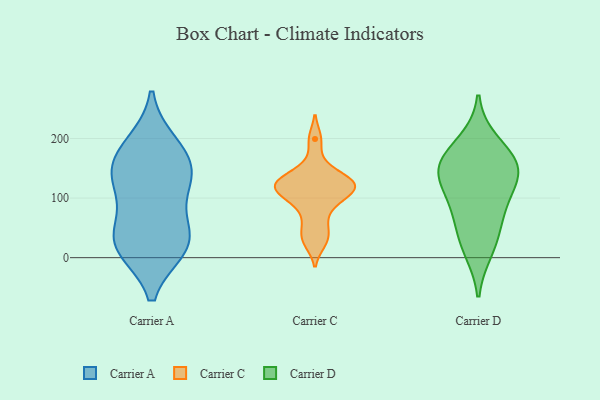
{"axis": {"x": "Revenue (USD Million)", "y": "Value"}, "legend": ["Carrier A", "Carrier C", "Carrier D"], "data": [{"x": "", "y": 19, "type": "Carrier A"}, {"x": "", "y": 29, "type": "Carrier A"}, {"x": "", "y": 24, "type": "Carrier A"}, {"x": "", "y": 58, "type": "Carrier A"}, {"x": "", "y": 129, "type": "Carrier A"}, {"x": "", "y": 124, "type": "Carrier A"}, {"x": "", "y": 17, "type": "Carrier A"}, {"x": "", "y": 161, "type": "Carrier A"}, {"x": "", "y": 176, "type": "Carrier A"}, {"x": "", "y": 190, "type": "Carrier A"}, {"x": "", "y": 130, "type": "Carrier A"}, {"x": "", "y": 38, "type": "Carrier C"}, {"x": "", "y": 92, "type": "Carrier C"}, {"x": "", "y": 124, "type": "Carrier C"}, {"x": "", "y": 127, "type": "Carrier C"}, {"x": "", "y": 62, "type": "Carrier C"}, {"x": "", "y": 124, "type": "Carrier C"}, {"x": "", "y": 153, "type": "Carrier C"}, {"x": "", "y": 25, "type": "Carrier C"}, {"x": "", "y": 121, "type": "Carrier C"}, {"x": "", "y": 199, "type": "Carrier C"}, {"x": "", "y": 109, "type": "Carrier C"}, {"x": "", "y": 98, "type": "Carrier C"}, {"x": "", "y": 127, "type": "Carrier C"}, {"x": "", "y": 151, "type": "Carrier D"}, {"x": "", "y": 76, "type": "Carrier D"}, {"x": "", "y": 125, "type": "Carrier D"}, {"x": "", "y": 36, "type": "Carrier D"}, {"x": "", "y": 157, "type": "Carrier D"}, {"x": "", "y": 90, "type": "Carrier D"}, {"x": "", "y": 142, "type": "Carrier D"}, {"x": "", "y": 13, "type": "Carrier D"}, {"x": "", "y": 194, "type": "Carrier D"}, {"x": "", "y": 160, "type": "Carrier D"}]}